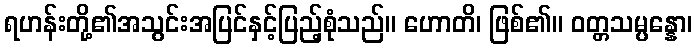
ရဟန်းတို့၏အသွင်းအပြင်နှင့်ပြည့်စုံသည်။ ဟောတိ၊ ဖြစ်၏။ ဝတ္တသမ္ပန္နော၊